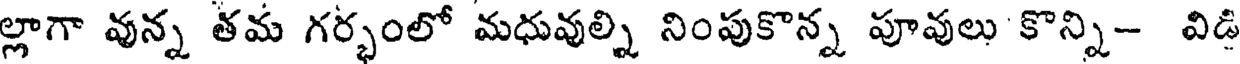
ల్లాగా వున్న తమ గర్భంలో మధువుల్ని నింపుకొన్న పూవులు కొన్ని- విడి